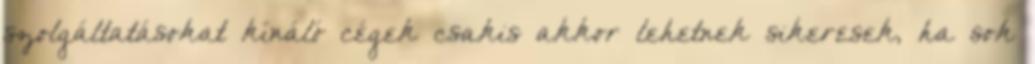
szolgáltatásokat kínáló cégek csakis akkor lehetnek sikeresek, ha sok